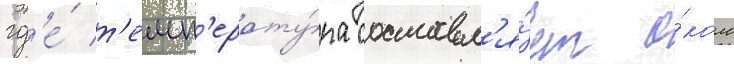
гд'е́ т'емп'ерату́ра составл'я́ет о́коло